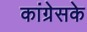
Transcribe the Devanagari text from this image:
कांग्रेसके